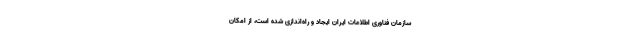
سازمان فناوری اطلاعات ایران ایجاد و راه‌اندازی شده است، از امکان